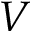
V